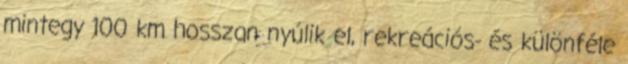
mintegy 100 km hosszan nyúlik el, rekreációs- és különféle